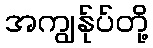
အကျွန်ုပ်တို့